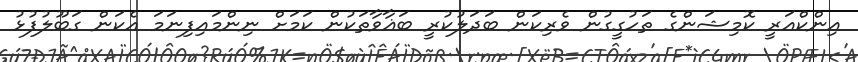
އިންކްއަރީ ކޮމިޝަންގެ ތަހުގީގުން ވެރިކަން ބަދަލުކުރީ ބަޣާވާތަކުން ކަމަށް ނިންމައިފިނަމަ އެކަން ގަބޫލުފުޅު